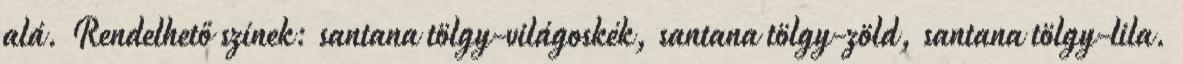
alá. Rendelhető színek: santana tölgy-világoskék, santana tölgy-zöld, santana tölgy-lila.